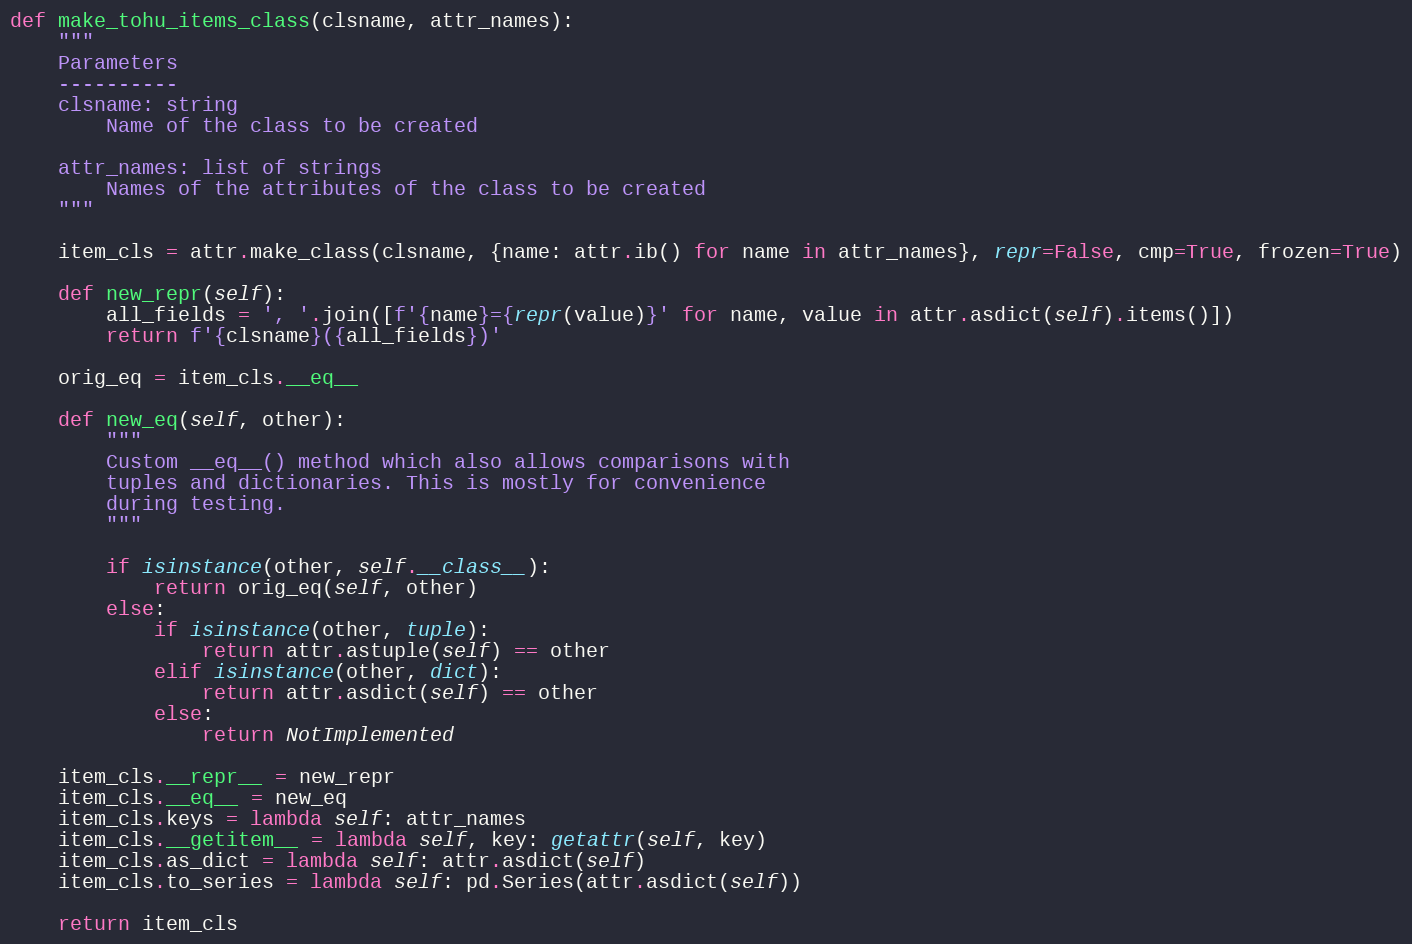
Language: Python
def make_tohu_items_class(clsname, attr_names):
    """
    Parameters
    ----------
    clsname: string
        Name of the class to be created

    attr_names: list of strings
        Names of the attributes of the class to be created
    """

    item_cls = attr.make_class(clsname, {name: attr.ib() for name in attr_names}, repr=False, cmp=True, frozen=True)

    def new_repr(self):
        all_fields = ', '.join([f'{name}={repr(value)}' for name, value in attr.asdict(self).items()])
        return f'{clsname}({all_fields})'

    orig_eq = item_cls.__eq__

    def new_eq(self, other):
        """
        Custom __eq__() method which also allows comparisons with
        tuples and dictionaries. This is mostly for convenience
        during testing.
        """

        if isinstance(other, self.__class__):
            return orig_eq(self, other)
        else:
            if isinstance(other, tuple):
                return attr.astuple(self) == other
            elif isinstance(other, dict):
                return attr.asdict(self) == other
            else:
                return NotImplemented

    item_cls.__repr__ = new_repr
    item_cls.__eq__ = new_eq
    item_cls.keys = lambda self: attr_names
    item_cls.__getitem__ = lambda self, key: getattr(self, key)
    item_cls.as_dict = lambda self: attr.asdict(self)
    item_cls.to_series = lambda self: pd.Series(attr.asdict(self))

    return item_cls